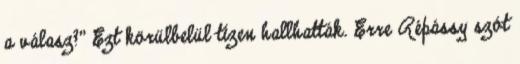
a válasz?” Ezt körülbelül tízen hallhatták. Erre Répássy szót